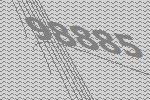
98885